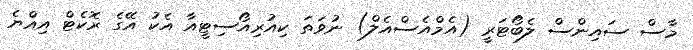
މާސް ސައިންސް ލެބޯޓަރީ (އެމްއެސްއެލް) ނުވަތަ ކިއުރިއޯސިޓީއާ އެކު އޭގެ ރޮކެޓް އިއްޔެ